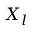
X _ { l }